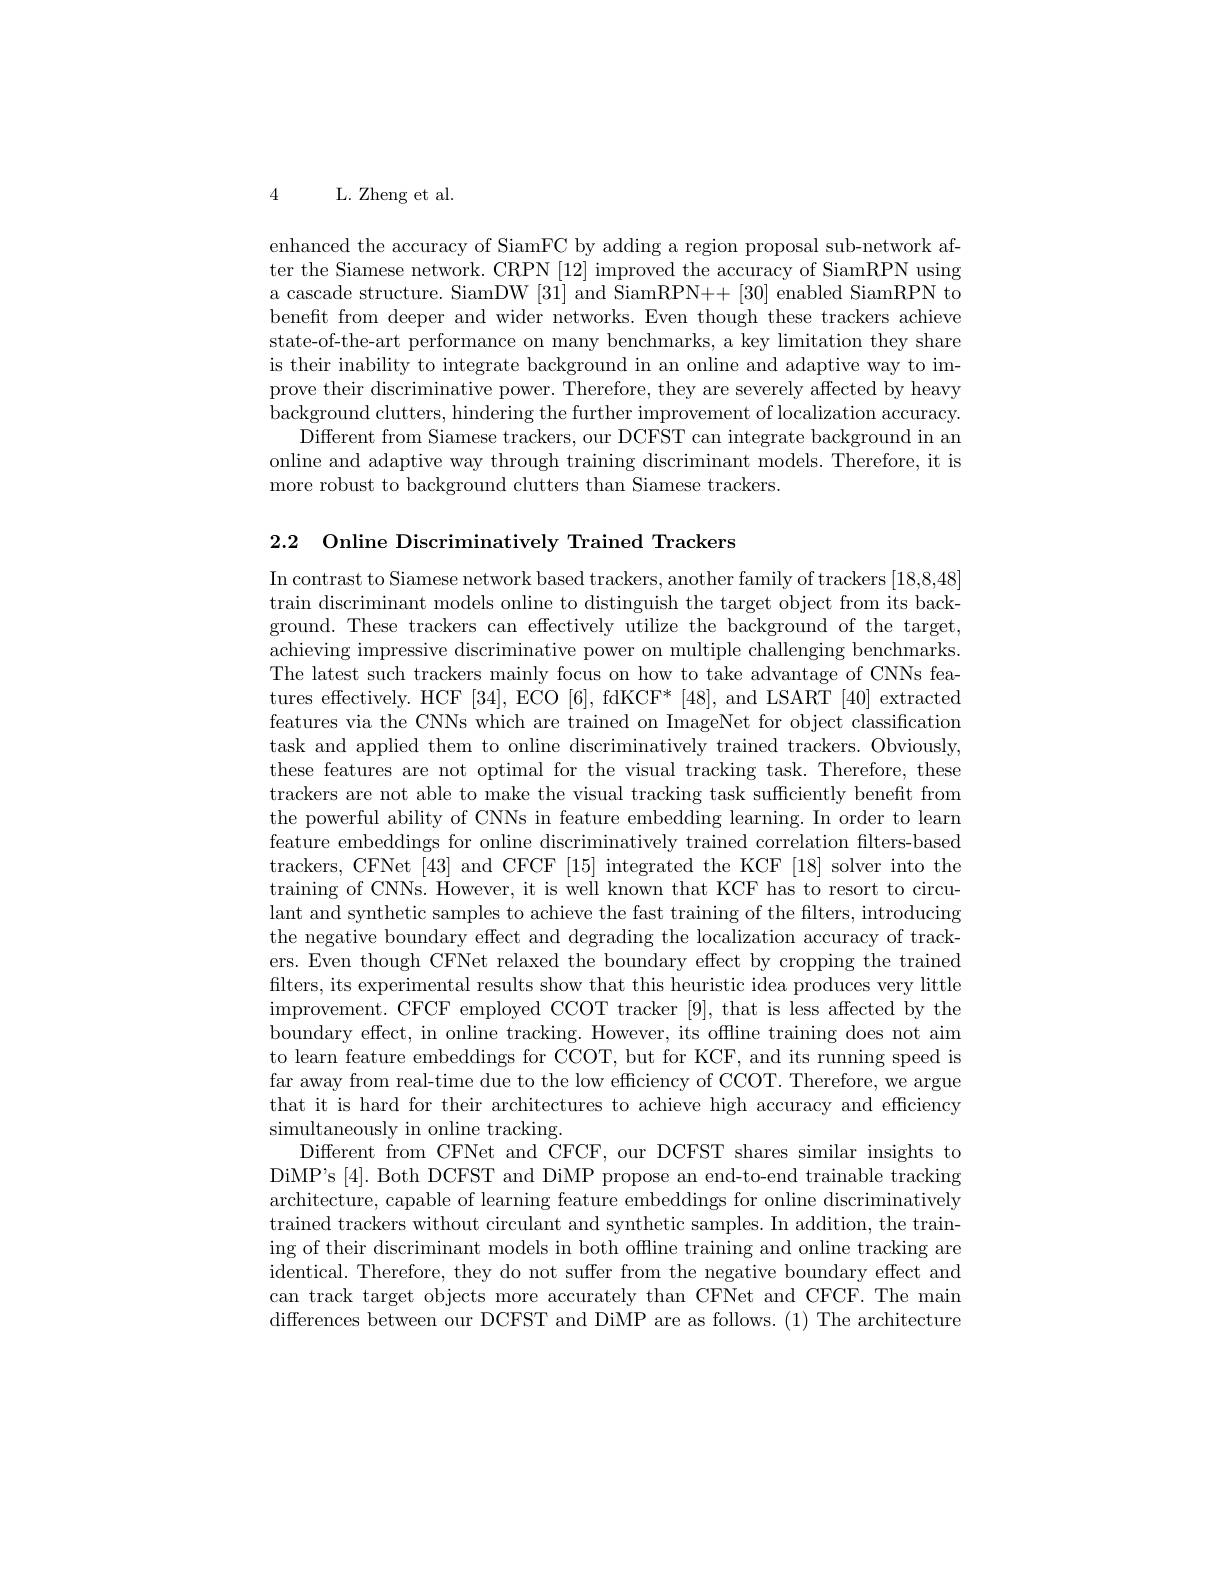
4

L. Zheng et al.

enhanced the accuracy of SiamFC by adding a region proposal sub-network after the Siamese network. CRPN [12] improved the accuracy of SiamRPN using a cascade structure. SiamDW [31] and SiamRPN++ [30] enabled SiamRPN to beneft from deeper and wider networks. Even though these trackers achieve state-of-the-art performance on many benchmarks, a key limitation they share is their inability to integrate background in an online and adaptive way to improve their discriminative power. Therefore, they are severely affected by heavy background clutters, hindering the further improvement of localization accuracy.
Different from Siamese trackers, our DCFST can integrate background in an online and adaptive way through training discriminant models. Therefore, it is more robust to background clutters than Siamese trackers.

2.2 Online Discriminatively Trained Trackers
In contrast to Siamese network based trackers, another family of trackers [18,8,48] train discriminant models online to distinguish the target object from its background. These trackers can effectively utilize the background of the target, achieving impressive discriminative power on multiple challenging benchmarks. The latest such trackers mainly focus on how to take advantage of CNNs features effectively. HCF [34], ECO [6], fdKCF* [48], and LSART [40] extracted features via the CNNs which are trained on ImageNet for object classification task and applied them to online discriminatively trained trackers. Obviously, these features are not optimal for the visual tracking task. Therefore, these trackers are not able to make the visual tracking task sufficiently benefit from the powerful ability of CNNs in feature embedding learning. In order to learn feature embeddings for online discriminatively trained correlation filters-based trackers, CFNet [43] and CFCF [15] integrated the KCF [18] solver into the training of CNNs. However, it is well known that KCF has to resort to circulant and synthetic samples to achieve the fast training of the filters, introducing the negative boundary effect and degrading the localization accuracy of trackers. Even though CFNet relaxed the boundary effect by cropping the trained filters, its experimental results show that this heuristic idea produces very little improvement. CFCF employed CCOT tracker [9], that is less affected by the boundary effect, in online tracking. However, its offline training does not aim to learn feature embeddings for CCOT, but for KCF, and its running speed is far away from real-time due to the low efficiency of CCOT. Therefore, we argue that it is hard for their architectures to achieve high accuracy and efficiency simultaneously in online tracking.
Different from CFNet and CFCF, our DCFST shares similar insights to DiMP's [4]. Both DCFST and DiMP propose an end-to-end trainable tracking architecture, capable of learning feature embeddings for online discriminatively trained trackers without circulant and synthetic samples. In addition, the training of their discriminant models in both offline training and online tracking are identical. Therefore, they do not suffer from the negative boundary effect and can track target objects more accurately than CFNet and CFCF. The main differences between our DCFST and DiMP are as follows.(1) The architecture